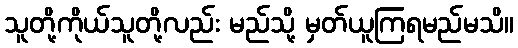
သူတို့ကိုယ်သူတို့လည်း မည်သို့ မှတ်ယူကြရမည်မသိ။